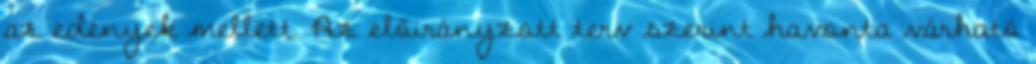
az edények mellett. Az előirányzott terv szerint havonta várható